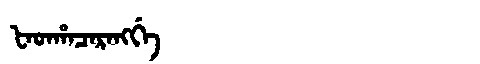
Manchu: ᡶᠠᡨᡥᠠᠴᠠᡵᠠᠩᡤᡝ
Romanization: FATHACARANGGE